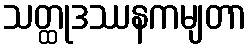
သတ္ထုဒဿနကမျတာ